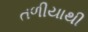
તળીયાથી